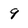
Character: 9